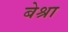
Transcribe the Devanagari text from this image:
बेश्रा